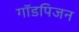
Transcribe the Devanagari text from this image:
गॉडपिजन